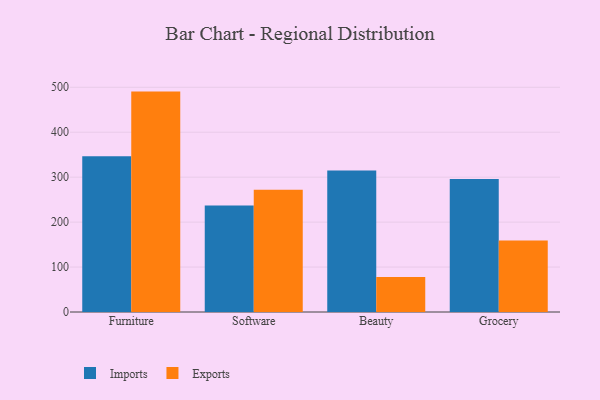
{"axis": {"x": "Category", "y": "Production Output"}, "legend": ["Exports", "Imports"], "data": [{"x": "Furniture", "y": 346.7, "type": "Imports"}, {"x": "Furniture", "y": 490.4, "type": "Exports"}, {"x": "Software", "y": 236.8, "type": "Imports"}, {"x": "Software", "y": 272.0, "type": "Exports"}, {"x": "Beauty", "y": 314.9, "type": "Imports"}, {"x": "Beauty", "y": 78.0, "type": "Exports"}, {"x": "Grocery", "y": 295.9, "type": "Imports"}, {"x": "Grocery", "y": 159.0, "type": "Exports"}]}